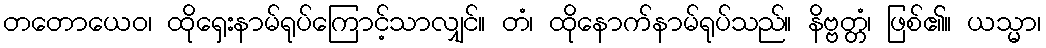
တတောယေဝ၊ ထိုရှေးနာမ်ရုပ်ကြောင့်သာလျှင်။ တံ၊ ထိုနောက်နာမ်ရုပ်သည်။ နိဗ္ဗတ္တံ၊ ဖြစ်၏။ ယသ္မာ၊